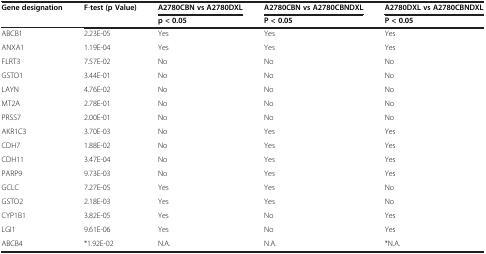
| Gene designation | F-test(p Value) | A2780CBN vs A2780DXL | A2780CBN vs A2780CBNDXL | A2780DXL vs A2780CBNDXL |
 |  |  | p < 0.05 | P < 0.05 | P < 0.05 |
 | --- | --- | --- | --- | --- |
 | ABCB1 | 2.23E-05 | Yes | Yes | Yes |
 | ANXA1 | 1.19E-04 | Yes | Yes | Yes |
 | FLRT3 | 7.57E-02 | No | No | No |
 | GSTO1 | 3.44E-01 | No | No | No |
 | LAYN | 4.76E-02 | No | No | No |
 | MT2A | 2.78E-01 | No | No | No |
 | PRSS7 | 2.00E-01 | No | No | No |
 | AKR1C3 | 3.70E-03 | No | Yes | Yes |
 | CDH7 | 1.88E-02 | No | Yes | Yes |
 | CDH11 | 3.47E-04 | No | Yes | Yes |
 | PARP9 | 9.73E-03 | No | Yes | Yes |
 | GCLC | 7.27E-05 | Yes | Yes | No |
 | GSTO2 | 2.18E-03 | Yes | Yes | No |
 | CYP1B1 | 3.82E-05 | Yes | No | Yes |
 | LGI1 | 9.61E-06 | Yes | No | Yes |
 | ABCB4 | *1.92E-02 | N.A. | N.A. | *N.A. |